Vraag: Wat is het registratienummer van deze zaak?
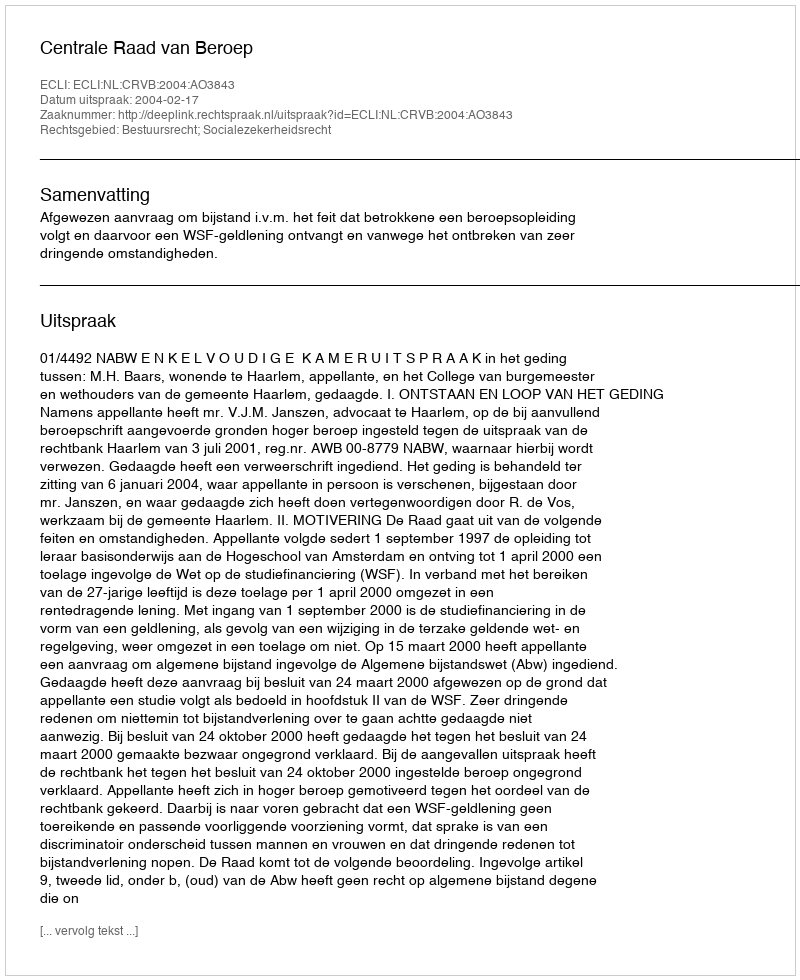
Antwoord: http://deeplink.rechtspraak.nl/uitspraak?id=ECLI:NL:CRVB:2004:AO3843